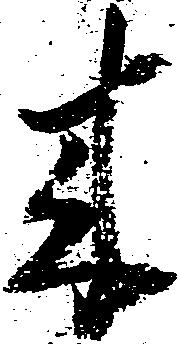
来